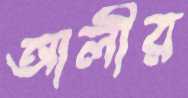
আলীর